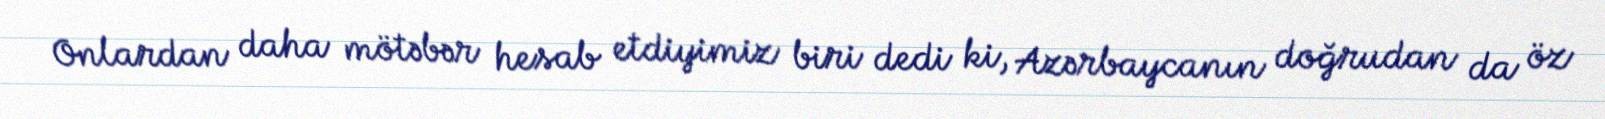
Onlardan daha mötəbər hesab etdiyimiz biri dedi ki, Azərbaycanın doğrudan da öz